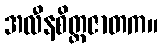
အလီနစိတ္တဇာတက။